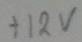
Text: +12V